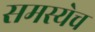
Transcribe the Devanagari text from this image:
समस्येच